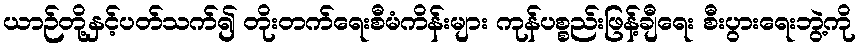
ယာဉ်တို့နှင့်ပတ်သက်၍ တိုးတက်ရေးစီမံကိန်းများ ကုန်ပစ္စည်းဖြန့်ချီရေး စီးပွားရေးဘွဲ့ကို